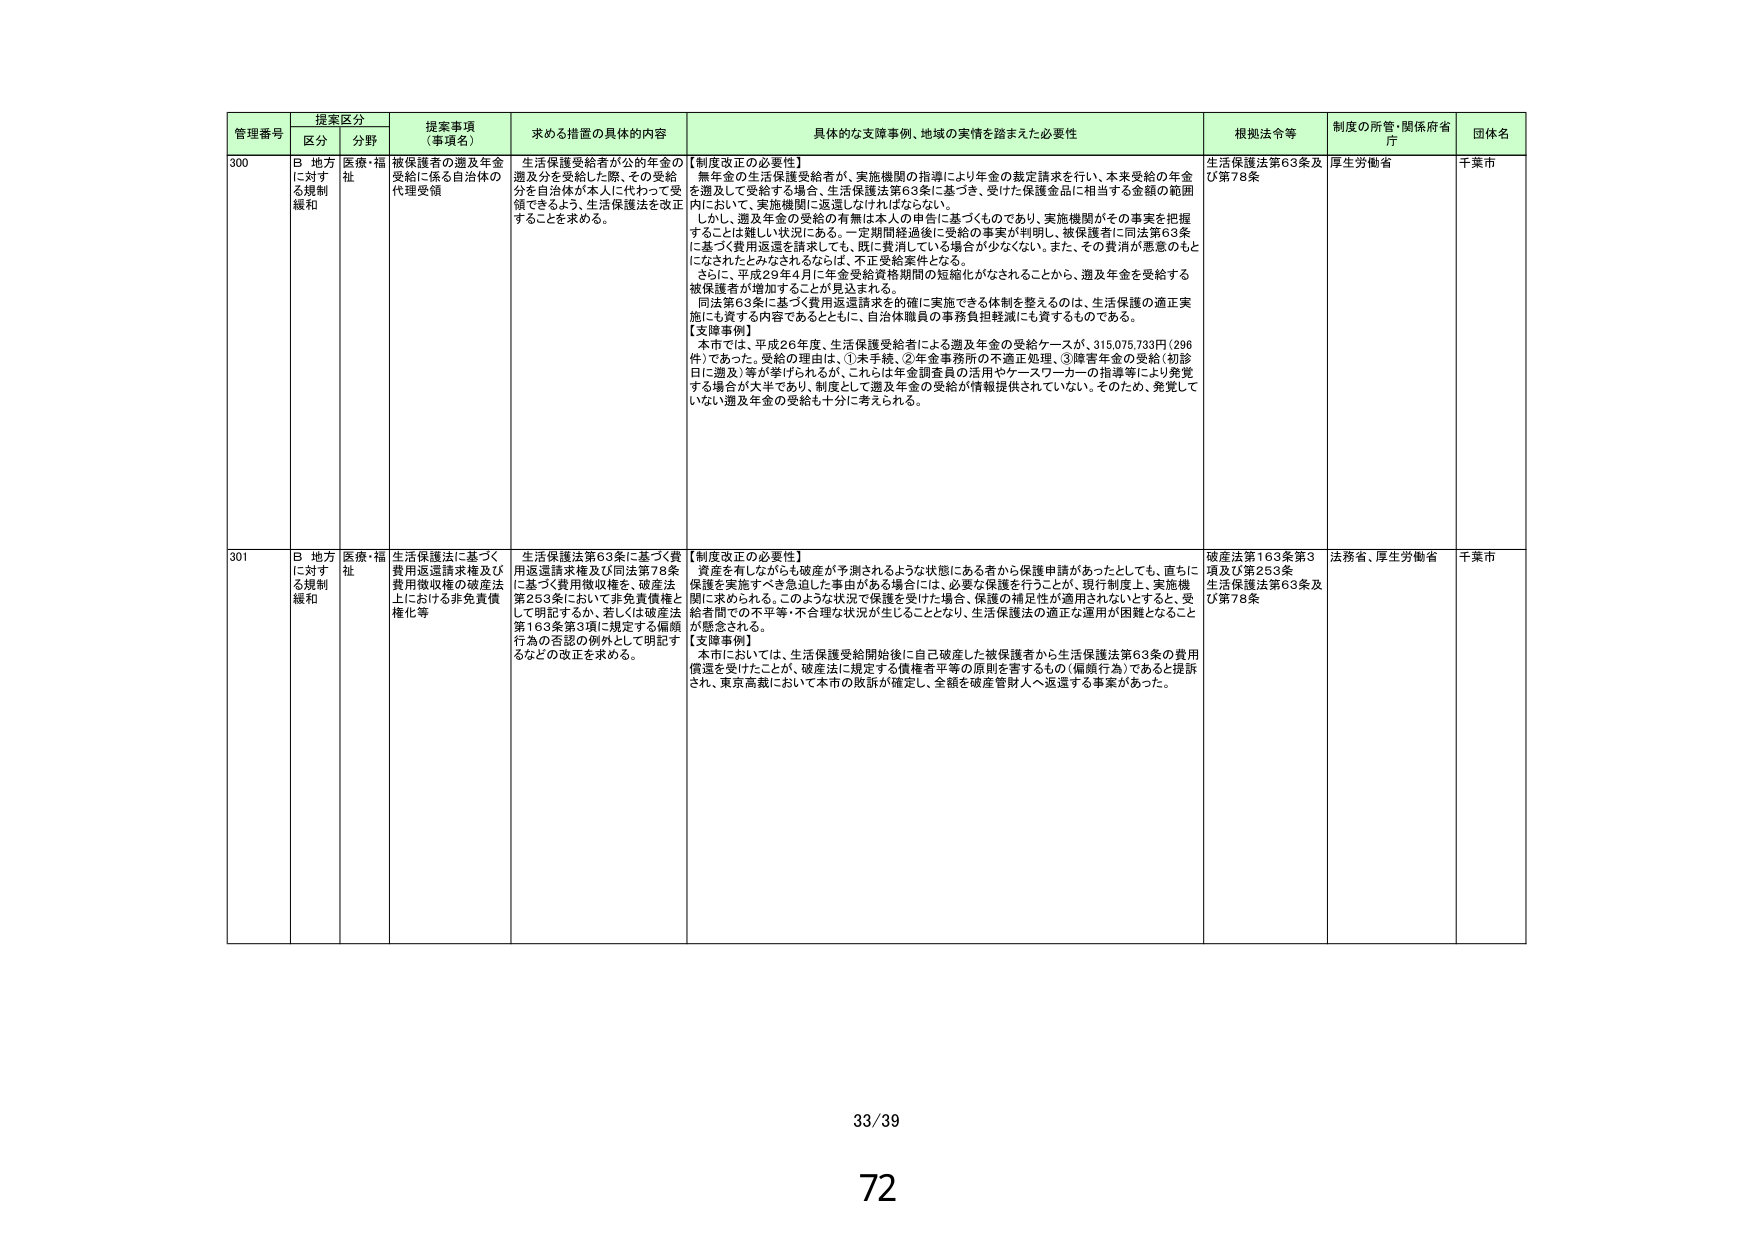
管理番号 提案区分 提案事項（事項名） 求める措置の具体的内容 具体的な支援事例、地域の実情を踏まえた必要性 根拠法令等 制度の所管・関係府省庁 団体名
区分 分野
300 B 地方に対する規制緩和 医療・福祉 被保護者の遡及年金受給に係る自治体の代理受領 生活保護受給者が公的年金の遡及分を受給した際、その受給分を自治体が本人に代わって受領できるよう、生活保護法を改正することを求める。 【制度改正の必要性】 無年金の生活保護受給者が、実施機関の指導により年金の裁定請求を行い、本来受給の年金を遡及して受給する場合、生活保護法第63条に基づき、受けた保護金品に相当する金額の範囲内において、実施機関に返還しなければならない。 しかし、遡及年金の受給の有無は本人の申告に基づくものであり、実施機関がその事実を把握することは難しい状況にある。一定期間経過後に受給の事実が判明し、被保護者に同法第63条に基づく費用返還を請求しても、既に費消している場合が少なくない。また、その費消が悪意のもとになされたとみなされるならば、不正受給案件となる。 さらに、平成29年4月に年金受給資格期間の短縮化がなされることから、遡及年金を受給する被保護者が増加することが見込まれる。 同法第63条に基づく費用返還請求を的確に実施できる体制を整えるのは、生活保護の適正実施にも資する内容であるとともに、自治体職員の事務負担軽減にも資するものである。 【支援事例】 本市では、平成26年度、生活保護受給者による遡及年金の受給ケースが、315,075,733円（296件）であった。受給の理由は、①未手続、②年金事務所の不適正処理、③障害年金の受給（初診日に遡及）等が挙げられるが、これらは年金調査員の活用やケースワーカーの指導等により発覚する場合が大半であり、制度として遡及年金の受給が情報提供されていない。そのため、発覚していない遡及年金の受給も十分に考えられる。 生活保護法第63条及び第78条 厚生労働省 千葉市
301 B 地方に対する規制緩和 医療・福祉 生活保護法に基づく費用返還請求権及び費用徴収権の破産法上における非免責債権化等 生活保護法第63条に基づく費用返還請求権及び同法第78条に基づく費用徴収権を、破産法第253条において非免責債権として明記するか、若しくは破産法第163条第3項に規定する偏頗行為の否認の例外として明記するなどの改正を求める。 【制度改正の必要性】 資産を有しなくとも破産が予測されるような状態にある者から保護申請があったとしても、直ちに保護を実施すべき急迫した事由がある場合には、必要な保護を行うことが、現行制度上、実施機関に求められる。このような状況で保護を受けた場合、保護の補足性が適用されないとすると、受給者間での不平等・不合理な状況が生じることとなり、生活保護法の適正な運用が困難となることが懸念される。 【支援事例】 本市においては、生活保護受給開始後に自己破産した被保護者から生活保護法第63条の費用償還を受けたことが、破産法に規定する債権者平等の原則を害するもの（偏頗行為）であると提訴され、東京高裁において本市の敗訴が確定し、金額を破産管財人へ返還する事案があった。 破産法第163条第3項及び第253条 生活保護法第63条及び第78条 法務省、厚生労働省 千葉市
33/39
72